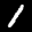
Label: 1